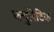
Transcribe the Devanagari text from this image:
प्ल्युरिटिक